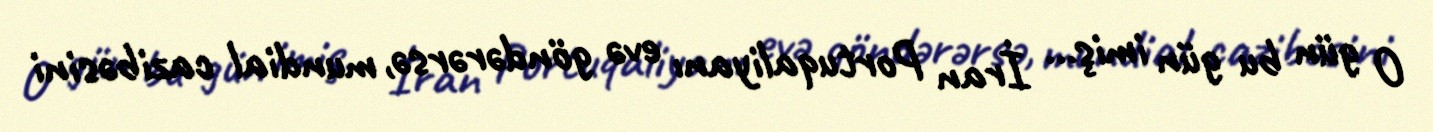
O gün bu gün imiş... İran Portuqaliyanı evə göndərərsə, mundial cazibəsini